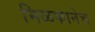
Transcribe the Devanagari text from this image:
मिळफानेच